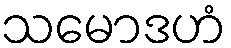
သမောဒဟံ